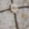
هانا